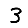
Digit: 3